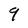
Character: 9